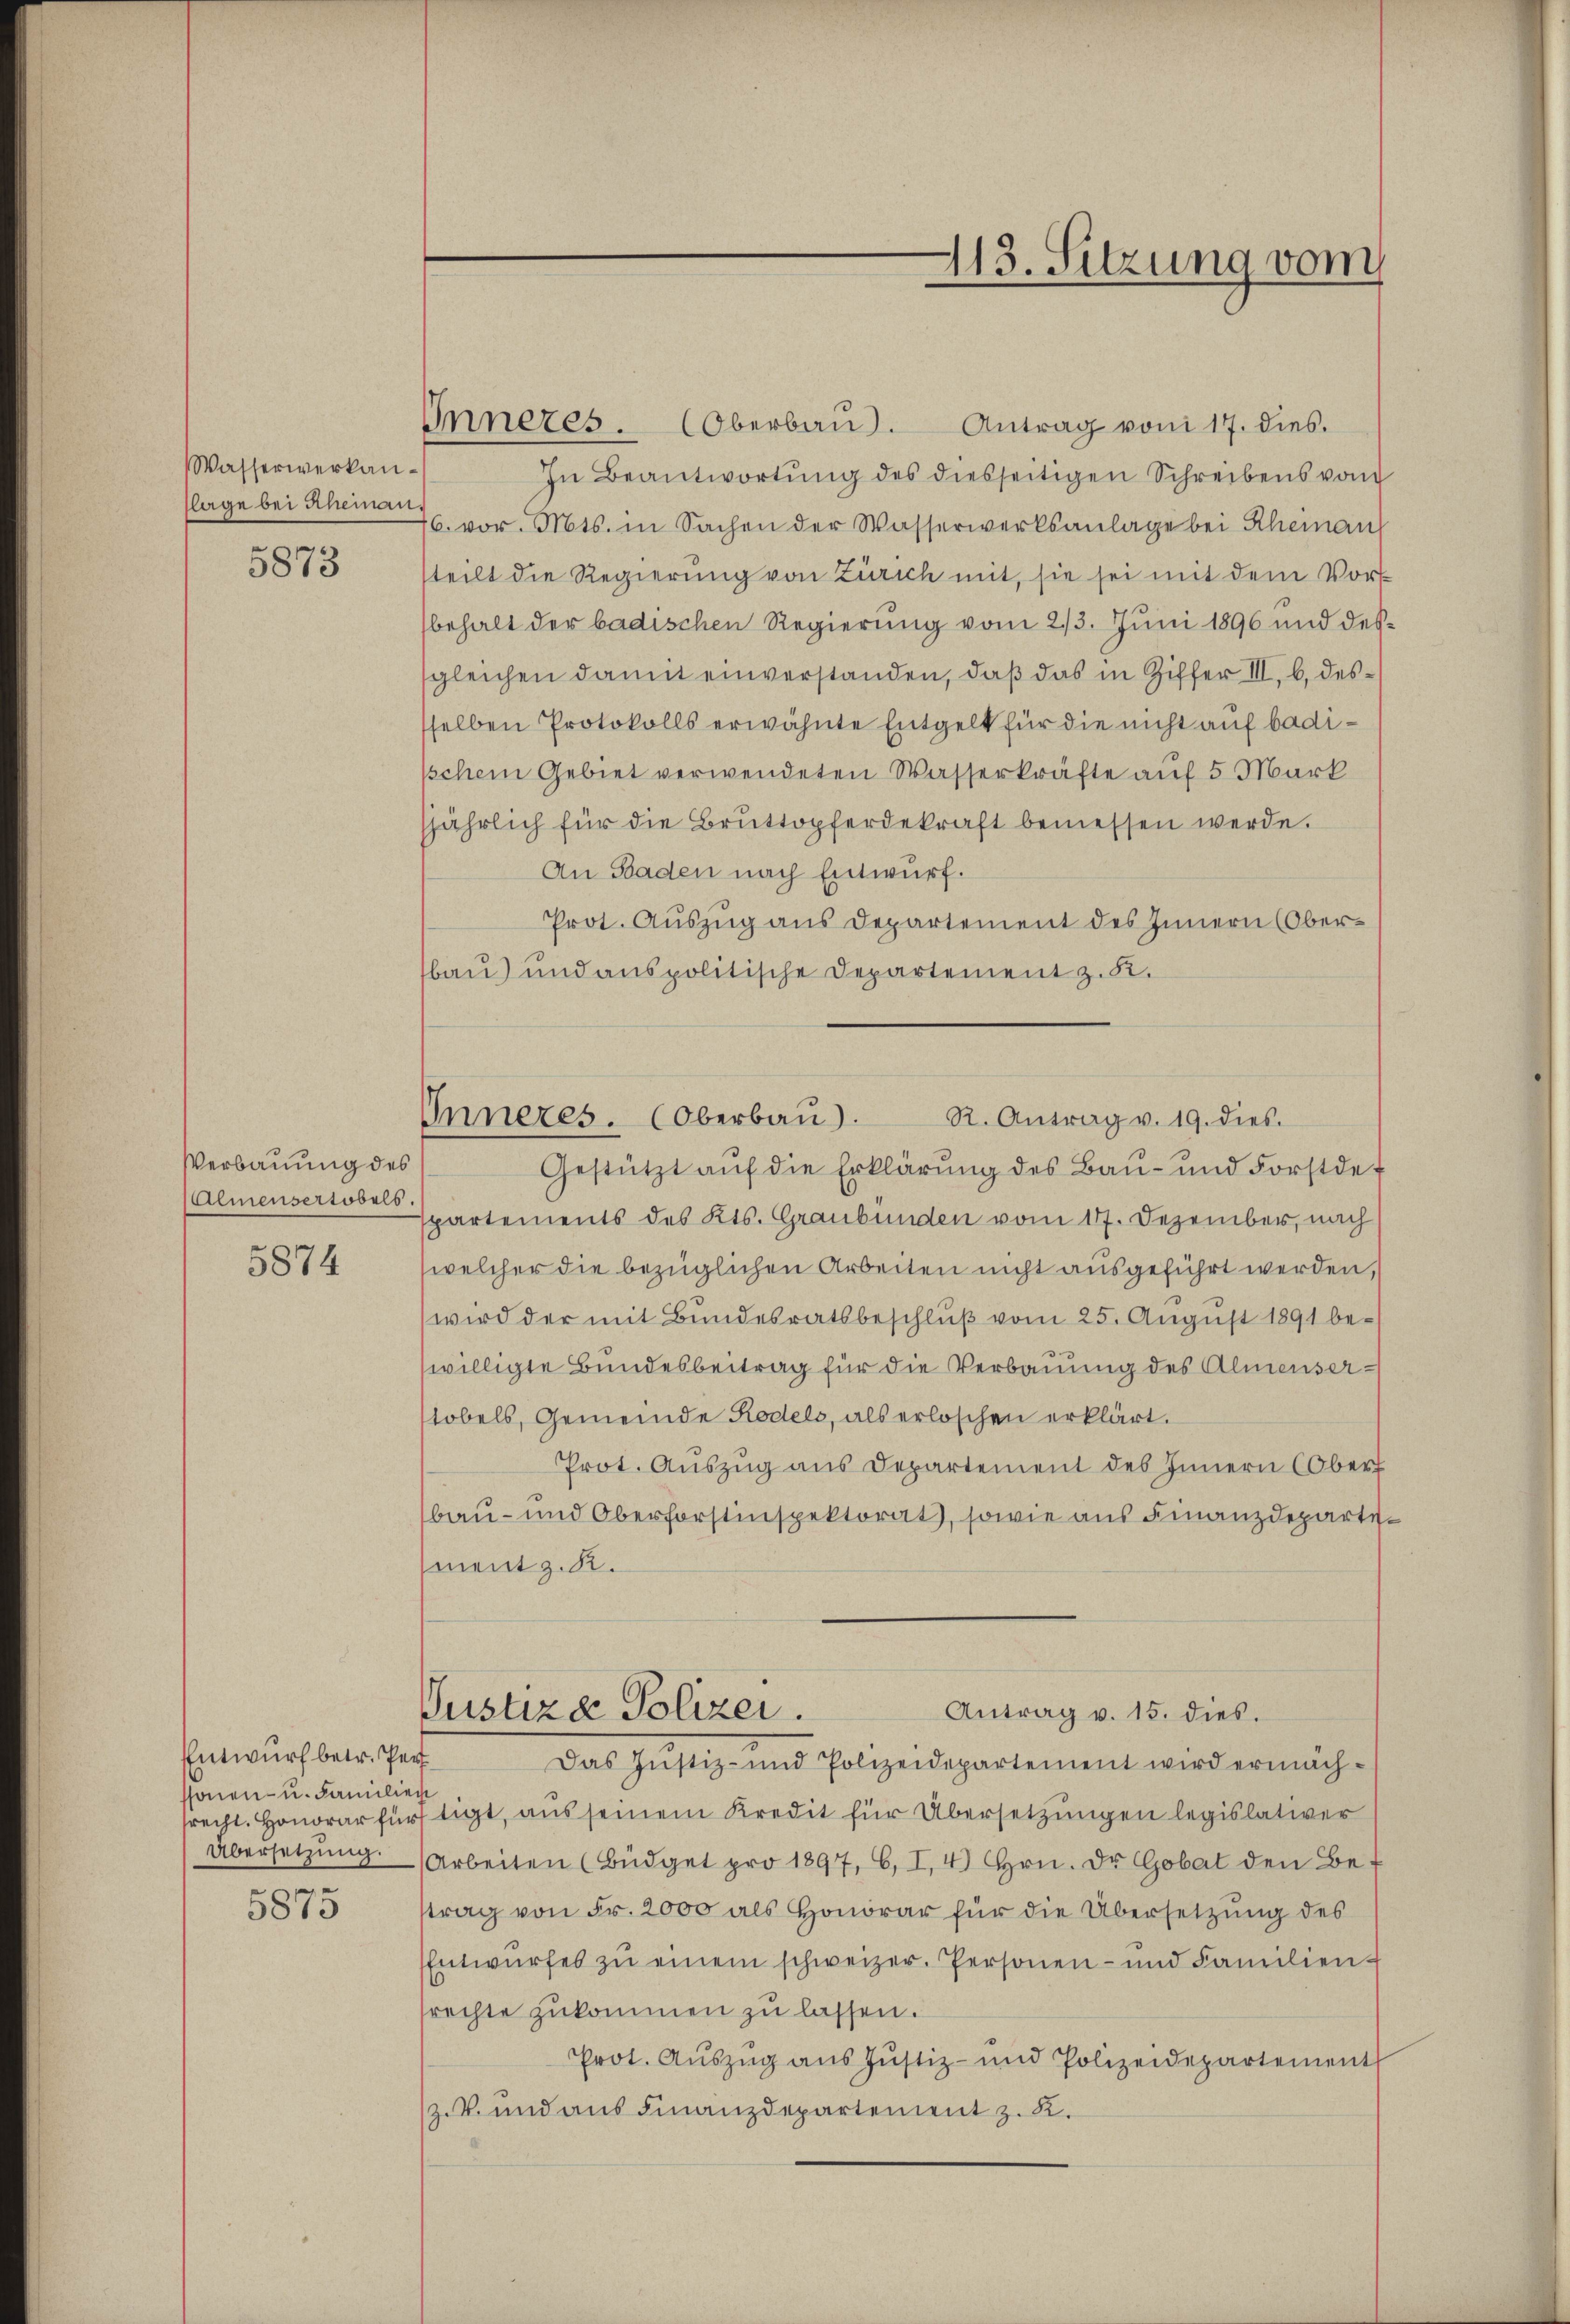
Wasserwerkanlage bei Rheinau

5873

Verbauung des
Almensertobels.

5874

Entwurf betr. Pe
ssonen- u. Familien
Übersetzung.
e

5873

413. Sitzung vom

R. Antrag v. 19. dies.
Inneres. (Oberbau).

Inneres. Oberbaŭ). Antrag von 17. dies
In Beantwortŭng des diesseitigen Schreibens vom
76. vor. Mts. in Sachen der Wasserwerksanlage bei Rheinaus
steilt die Regierung von Zürich mit, sie sei mit dem Vorbehalt der badischen Regierung vom 23. Juni 1896 und dessgleichen damit einverstanden, daß das in Ziffer III. b. dessselben Protokolls erwähnte Entgelt für die nicht auf badisschem Gebiet verwendeten Wasserkräfte auf 5 Mark
jährlich für die Brŭttopferdekraft bemessen werde.
An Baden nach Entwurf.
Prot. Auszug aus Departement des Innern (Oberbau) und anspolitische Departement z. B.
Gestützt auf die Erklärung des Bau- und Forstdef
spartements des Kts. Graubünden vom 17. Dezember, nach
(welcher die bezüglichen Arbeiten nicht ausgeführt werden,
wird der mit Bundesratsbeschluß vom 25. August 1891 bewilligte Bundesbeitrag für die Verbauung des Almensertobels, Gemeinde Rodels, als erloschen erklärt.
Prot. Auszug aus Departement des Innern Ober
bau- und Oberforstinspektorat, sowie aus Finanzdepartement z. K.
Justiza Polizei.
Antrag v. 15. dies.
t
Das Justiz- und Polizeidepartement wird ermäch-
trecht. Honorar fürftigt, aus seinem Kredit für Übersetzungen legislativer
Arbeiten (Büdget pro 1897, 6, I. 4) Hrn. Dr Gobat den Be-
strag von Fr. 2000 als Honorar für die Übersetzung des
Entwŭrfes zŭ einem schweizer. Personen- und Familien-
srechte zukommen zu lassen.
Prot. Aŭszŭg aŭs Jŭstiz- und Polizeidepartement
z.V. und aus Finanzdepartement z. R.